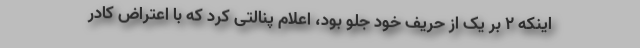
اینکه ۲ بر یک از حریف خود جلو بود، اعلام پنالتی کرد که با اعتراض کادر